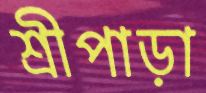
শ্রীপাড়া